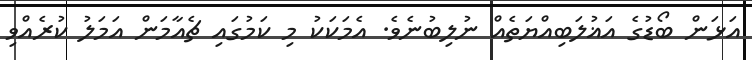
އަޅަން ބޯޑުގެ އަޣުލަބިއްޔަތެއް ނުލިބުނެވެ. އެމަކަކު މި ކަމުގައި ޗެއާމަން އަމަލު ކުރެއްވި